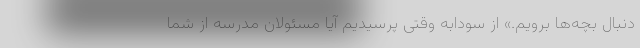
دنبال بچه‌ها برویم.» از سودابه وقتی پرسیدیم آیا مسئولان مدرسه از شما